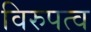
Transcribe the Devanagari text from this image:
विरुपत्व